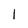
Character: 1